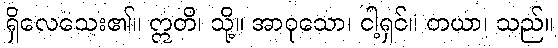
ရှိလေသေး၏။ ဣတိ၊ သို့။ အာဝုသော၊ ငါ့ရှင်။ တယာ၊ သည်။